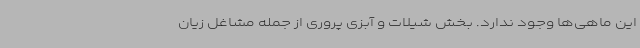
این ماهی‌ها وجود ندارد. بخش شیلات و آبزی پروری از جمله مشاغل زیان